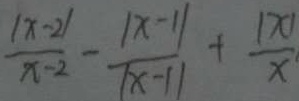
\frac { \vert x - 2 \vert } { x - 2 } - \frac { \vert x - 1 \vert } { \vert x - 1 \vert } + \frac { \vert x \vert } { x }